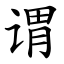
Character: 谓